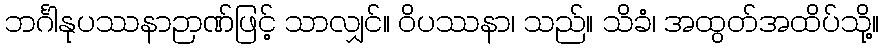
ဘင်္ဂါနုပဿနာဉာဏ်ဖြင့် သာလျှင်။ ဝိပဿနာ၊ သည်။ သိခံ၊ အထွတ်အထိပ်သို့။